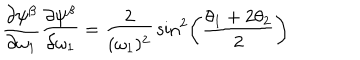
{ \frac { \partial \psi ^ { \beta } } { \partial \omega _ { 1 } } } { \frac { \partial \psi ^ { \beta } } { \partial \omega _ { 1 } } } = { \frac { 2 } { ( \omega _ { 1 } ) ^ { 2 } } } \sin ^ { 2 } \left( { \frac { \theta _ { 1 } + 2 \theta _ { 2 } } { 2 } } \right)